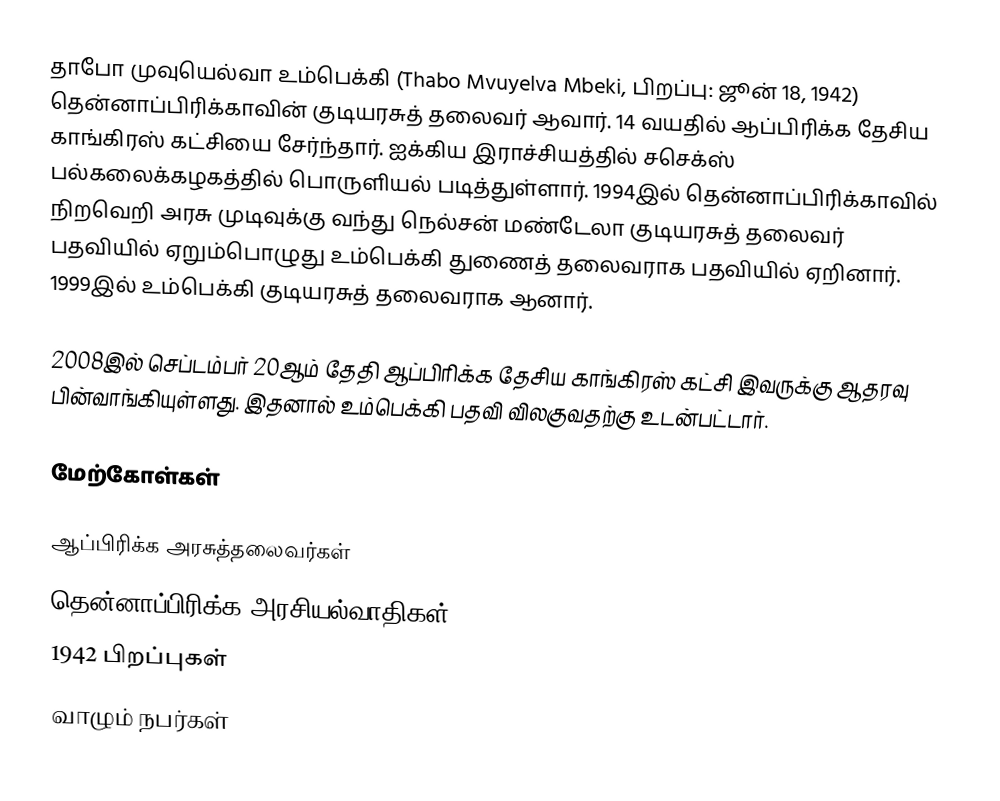
தாபோ முவுயெல்வா உம்பெக்கி (Thabo Mvuyelva Mbeki, பிறப்பு: ஜூன் 18, 1942) தென்னாப்பிரிக்காவின் குடியரசுத் தலைவர் ஆவார். 14 வயதில் ஆப்பிரிக்க தேசிய காங்கிரஸ் கட்சியை சேர்ந்தார். ஐக்கிய இராச்சியத்தில் சசெக்ஸ் பல்கலைக்கழகத்தில் பொருளியல் படித்துள்ளார். 1994இல் தென்னாப்பிரிக்காவில் நிறவெறி  அரசு முடிவுக்கு வந்து நெல்சன் மண்டேலா குடியரசுத் தலைவர் பதவியில் ஏறும்பொழுது உம்பெக்கி துணைத் தலைவராக பதவியில் ஏறினார். 1999இல் உம்பெக்கி குடியரசுத் தலைவராக ஆனார்.

2008இல் செப்டம்பர் 20ஆம் தேதி ஆப்பிரிக்க தேசிய காங்கிரஸ் கட்சி இவருக்கு ஆதரவு பின்வாங்கியுள்ளது. இதனால் உம்பெக்கி பதவி விலகுவதற்கு உடன்பட்டார்.

மேற்கோள்கள்

ஆப்பிரிக்க அரசுத்தலைவர்கள்
தென்னாப்பிரிக்க அரசியல்வாதிகள்
1942 பிறப்புகள்
வாழும் நபர்கள்